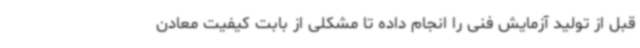
قبل از تولید آزمایش فنی را انجام داده تا مشکلی از بابت کیفیت معادن